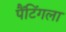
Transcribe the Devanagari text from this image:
पैंटिंगला